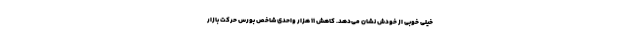
خیلی خوبی از خودش نشان می‌دهد. کاهش ۱۱ هزار واحدی شاخص بورس حرکت بازار